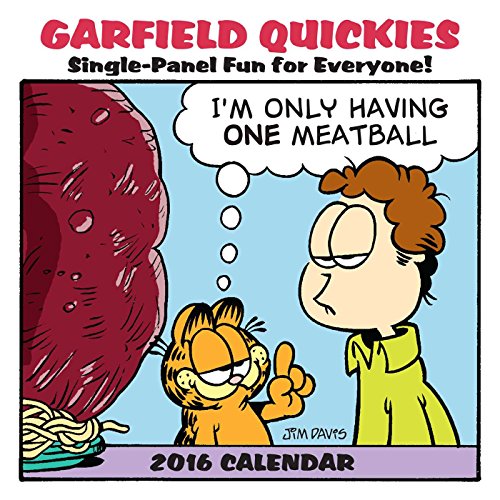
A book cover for Garfield 2016 Mini Wall Calendar; Jim Davis; Calendars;